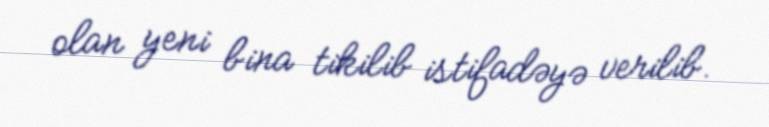
olan yeni bina tikilib istifadəyə verilib.